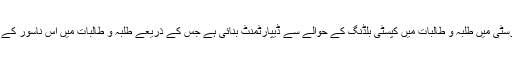
انہوں نے کہا قراقرم انٹرنیشنل یونیورسٹی میں طلبہ و طالبات میں کپسٹی بلڈنگ کے حوالے سے ڈیپارٹمنٹ بنائی ہے جس کے ذریعے طلبہ و طالبات میں اس ناسور کے حوالے سے آگاہی پیدا کی جاتی ہے ۔